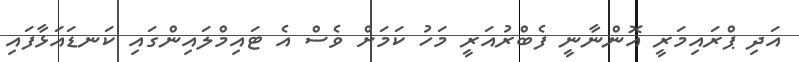
އަދި ޕްރައިމަރީ އޮންނާނީ ފެބްރުއަރީ މަހު ކަމަށް ވެސް އެ ޓައިމްލައިންގައި ކަނޑައަޅާފައި